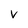
Character: v